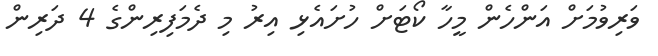
ވަރިވުމަށް އަންހެން މީހާ ކޯޓަށް ހުށައެޅި އިރު މި ދެމަފިރިންގެ 4 ދަރިން